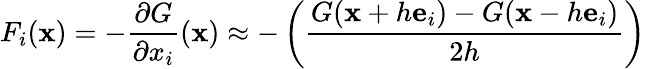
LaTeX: F_{i}(\mathbf{x})=-\frac{\partial G}{\partial x_{i}}(\mathbf{x})\approx-\left(\frac{G(\mathbf{x}+h\mathbf{e}_{i})-G(\mathbf{x}-h\mathbf{e}_{i})}{2h}\right)